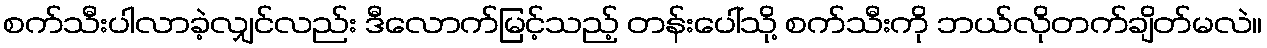
စက်သီးပါလာခဲ့လျှင်လည်း ဒီလောက်မြင့်သည့် တန်းပေါ်သို့ စက်သီးကို ဘယ်လိုတက်ချိတ်မလဲ။